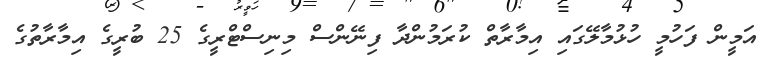
އަމީން ފަހުމީ ހުޅުމާލޭގައި އިމާރާތް ކުރަމުންދާ ފިނޭންސް މިނިސްޓްރީގެ 25 ބުރީގެ އިމާރާތުގެ